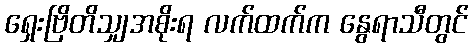
ရှေးဗြိတိသျှအစိုးရ လက်ထက်က နွေရာသီတွင်